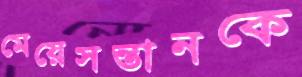
মেয়েসন্তানকে